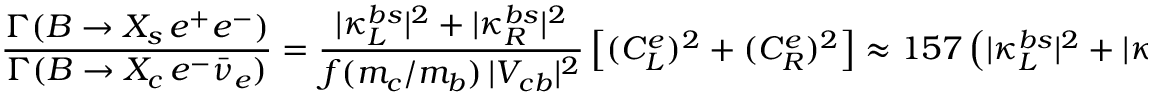
\frac { \Gamma ( B \to X _ { s } \, e ^ { + } e ^ { - } ) } { \Gamma ( B \to X _ { c } \, e ^ { - } \bar { \nu } _ { e } ) } = \frac { | \kappa _ { L } ^ { b s } | ^ { 2 } + | \kappa _ { R } ^ { b s } | ^ { 2 } } { f ( m _ { c } / m _ { b } ) \, | V _ { c b } | ^ { 2 } } \left[ ( C _ { L } ^ { e } ) ^ { 2 } + ( C _ { R } ^ { e } ) ^ { 2 } \right] \approx 1 5 7 \left( | \kappa _ { L } ^ { b s } | ^ { 2 } + | \kappa _ { R } ^ { b s } | ^ { 2 } \right) \, ,